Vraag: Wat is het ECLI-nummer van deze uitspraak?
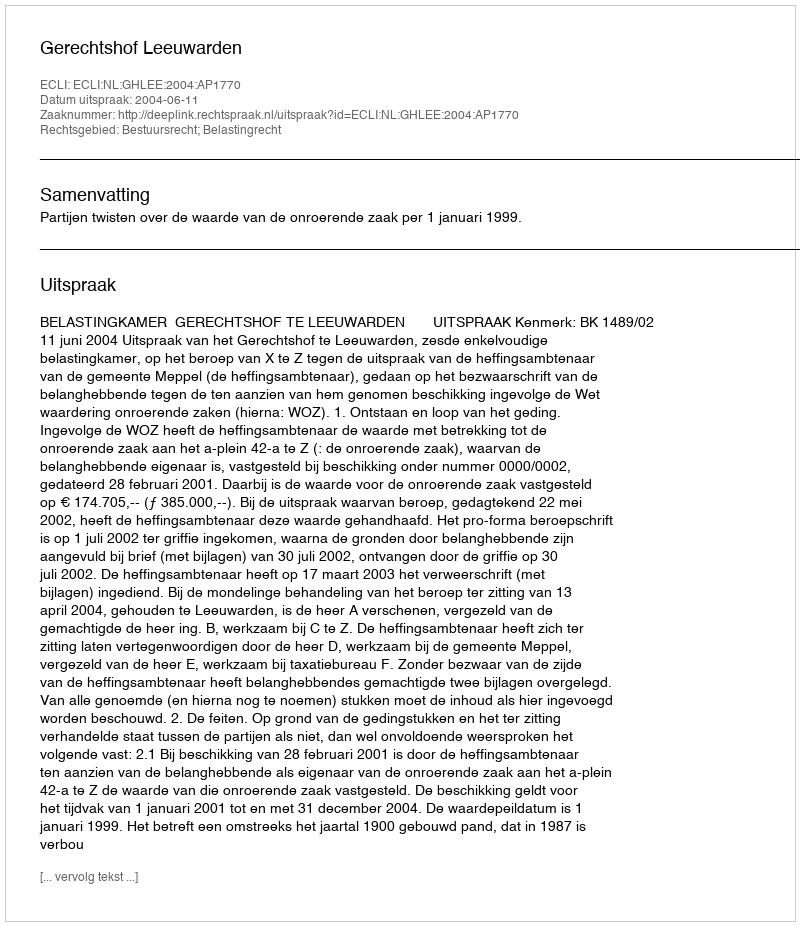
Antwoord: ECLI:NL:GHLEE:2004:AP1770